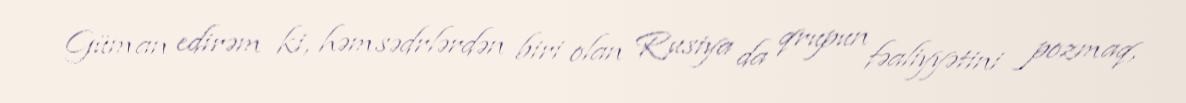
Güman edirəm ki, həmsədrlərdən biri olan Rusiya da qrupun fəaliyyətini pozmaq,